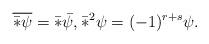
LaTeX: \begin{align*}\overline{\bar*\psi} =\bar*\bar\psi,\bar*^2 \psi = (-1)^{r+s}\psi.\end{align*}